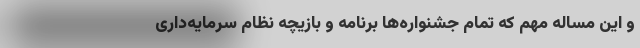
و این مساله مهم که تمام جشنواره‌ها برنامه و بازیچه نظام سرمایه‌داری